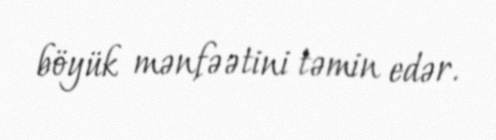
böyük mənfəətini təmin edər.